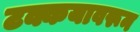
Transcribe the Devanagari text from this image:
टक्कयावरून